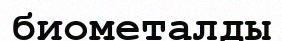
биометалды